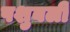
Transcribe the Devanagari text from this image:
पशुबली